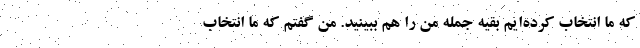
که ما انتخاب کرده‌ایم بقیه جمله من را هم ببینید. من گفتم که ما انتخاب